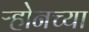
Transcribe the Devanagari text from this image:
ऱ्होनच्या